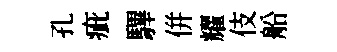
孔疵驆併耀伎船